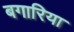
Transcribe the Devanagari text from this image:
बगारिया